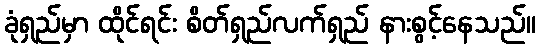
ခုံရှည်မှာ ထိုင်ရင်း စိတ်ရှည်လက်ရှည် နားစွင့်နေသည်။